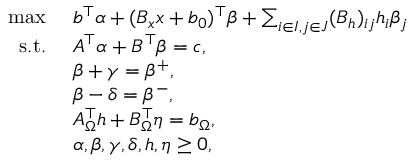
\begin{array} { r l } { \operatorname* { m a x } \ } & { b ^ { \top } \alpha + ( B _ { x } x + b _ { 0 } ) ^ { \top } \beta + \sum _ { i \in I , j \in J } ( B _ { h } ) _ { i j } h _ { i } \beta _ { j } } \\ { \mathrm { s . t . } \ } & { A ^ { \top } \alpha + B ^ { \top } \beta = c , } \\ & { \beta + \gamma = \beta ^ { + } , } \\ & { \beta - \delta = \beta ^ { - } , } \\ & { A _ { \Omega } ^ { \top } h + B _ { \Omega } ^ { \top } \eta = b _ { \Omega } , } \\ & { \alpha , \beta , \gamma , \delta , h , \eta \geq 0 , } \end{array}